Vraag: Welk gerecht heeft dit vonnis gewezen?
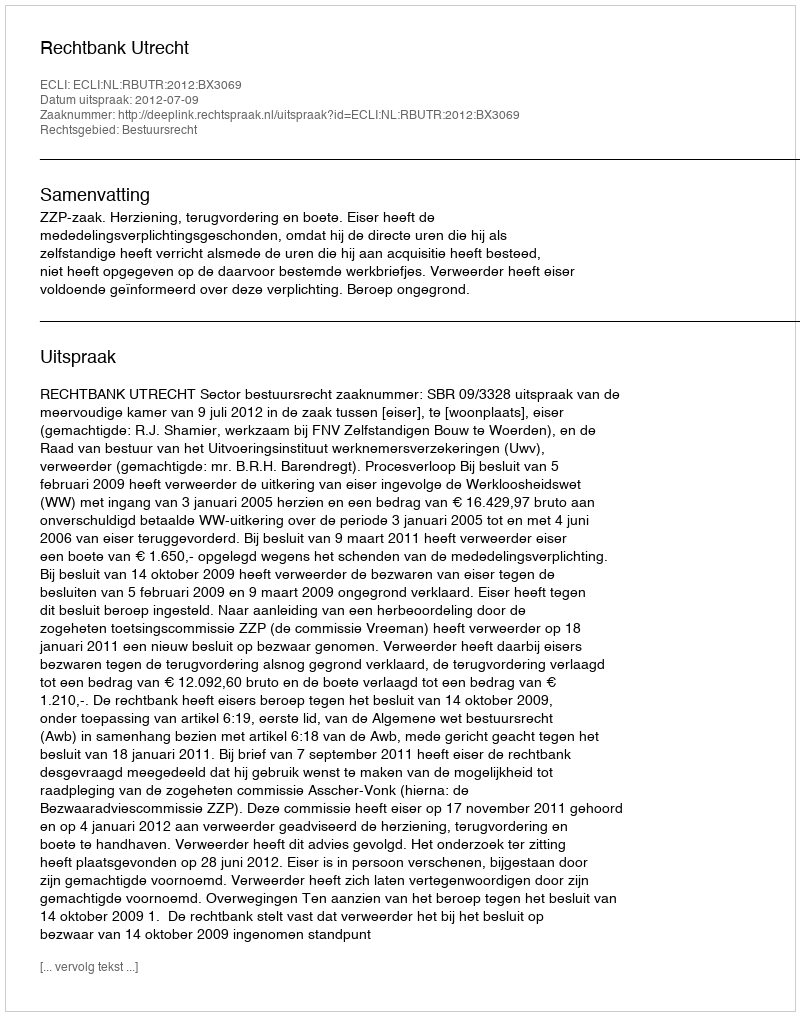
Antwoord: Rechtbank Utrecht